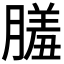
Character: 𦟤